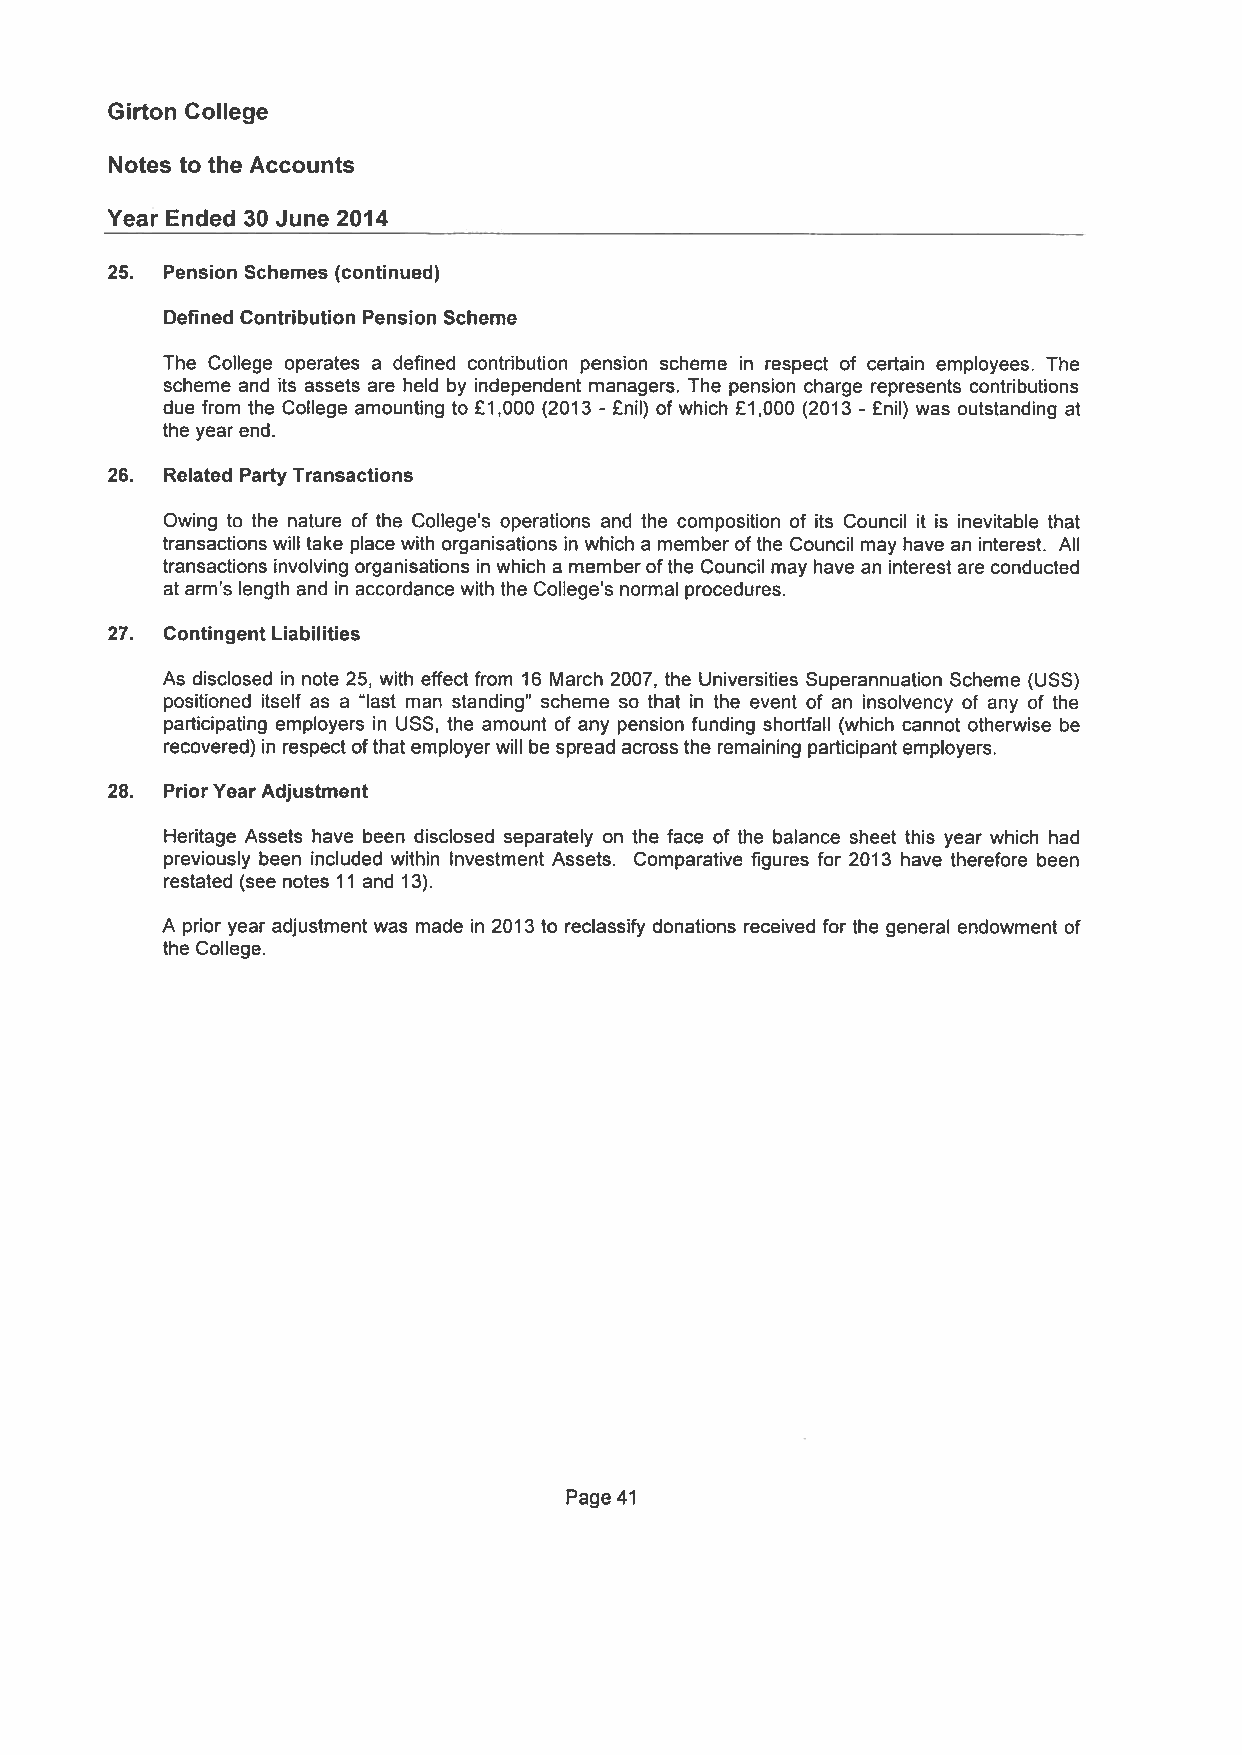
Girton College
 Notes to the Accounts
 Year Ended 30 June 2014
 25. Pension Schemes (continued)
 Defined Contribution Pension Scheme
 The College operates a defined contribution pension scheme in respect of certain employees. The
 scheme and its assets are held by independent managers. The pension charge represents contributions
 due from the College amounting to £1,000 (2013 £nil) of which £1,000 (2013 £nil) was outstanding at
 -                -
 the year end.
 26. Related Party Transactions
 Owing to the nature of the College’s operations and the composition of its Council it is inevitable that
 transactions will take place with organisations in which a member ofthe Council may have an interest. All
 transactions involving organisations in which a memberofthe Council may have an interest are conducted
 at arm’s length and in accordance with the College’s normal procedures.
 27. Contingent Liabilities
 As disclosed in note 25, with effect from 16 March 2007, the Universities Superannuation Scheme fUSS)
 positioned itself as a ulast man standing” scheme so that in the event of an insolvency of any of the
 participating employers in USS, the amount of any pension funding shortfall (which cannot otherwise be
 recovered) in respect ofthat employer will be spread acrossthe remaining participantemployers.
 28. PriorYear Adjustment
 Heritage Assets have been disclosed separately on the face of the balance sheet this year which had
 previously been included within Investment Assets. Comparative figures for 2013 have therefore been
 restated (see notes 11 and 13).
 A prior year adjustment was made in 2013 to reclassify donations received for the general endowment of
 the College.
 Page 41